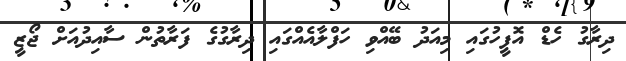
ދިރާގު ހެޑް އޮފީހުގައި މިއަދު ބޭއްވި ހަފްލާއެއްގައި ދިރާގުގެ ފަރާތުން ސާއިދުއަށް ޖޯޒީ